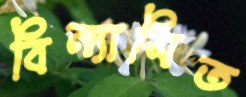
বিন্যাসিত